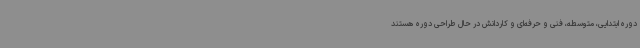
دوره ابتدایی، متوسطه، فنی و حرفه‌ای و کاردانش در حال طراحی دوره هستند